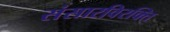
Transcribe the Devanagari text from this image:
संसारविरक्ति